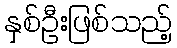
နှစ်ဦးဖြစ်သည့်